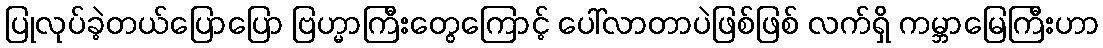
ပြုလုပ်ခဲ့တယ်ပြောပြော ဗြဟ္မာကြီးတွေကြောင့် ပေါ်လာတာပဲဖြစ်ဖြစ် လက်ရှိ ကမ္ဘာမြေကြီးဟာ